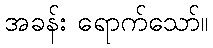
အခန်း ရောက်သော်။